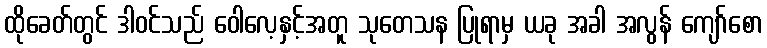
ထိုခေတ်တွင် ဒါဝင်သည် ဝေါလေ့နှင့်အတူ သုတေသန ပြုရာမှ ယခု အခါ အလွန် ကျော်စော